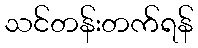
သင်တန်းတက်ရန်